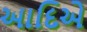
આદિએ